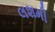
લશમી